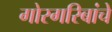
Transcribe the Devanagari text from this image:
गोरगरिबांचे